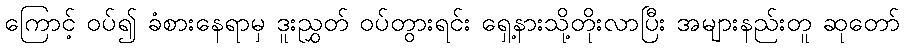
ကြောင့် ဝပ်၍ ခံစားနေရာမှ ဒူးညွှတ် ဝပ်တွားရင်း ရှေ့နားသို့တိုးလာပြီး အများနည်းတူ ဆုတော်